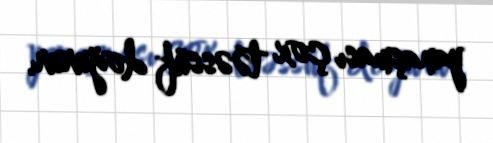
yanaşması çox təəssüf doğurur.